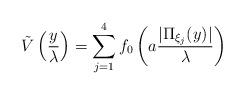
LaTeX: \begin{align*}\tilde{V}\left(\frac{y}{\lambda}\right)=\sum\limits_{j=1}^4 f_0\left(a\frac{|\Pi_{\xi_j}(y)|}{\lambda}\right)\end{align*}